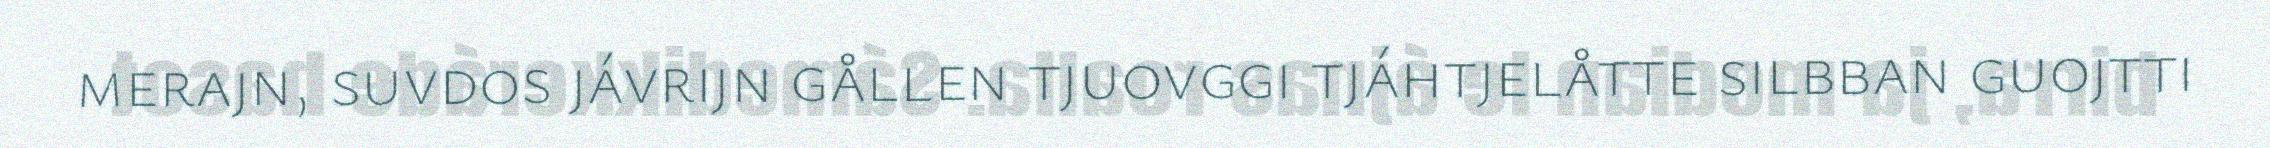
merajn, suvdos jávrijn gållen tjuovggi tjáhtjelåtte silbban guojtti